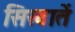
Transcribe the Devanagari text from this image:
सिखातें